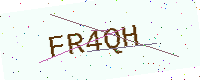
Text: FR4QH